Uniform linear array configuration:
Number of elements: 32
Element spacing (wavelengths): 0.5
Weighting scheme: hamming
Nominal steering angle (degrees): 15
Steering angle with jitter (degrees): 14.75
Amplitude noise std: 0.05
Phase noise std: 0.05

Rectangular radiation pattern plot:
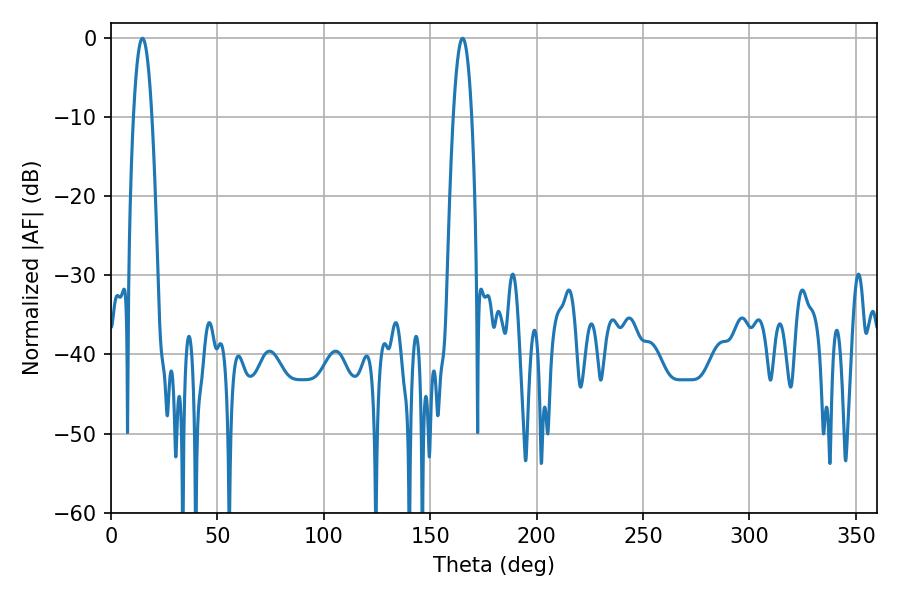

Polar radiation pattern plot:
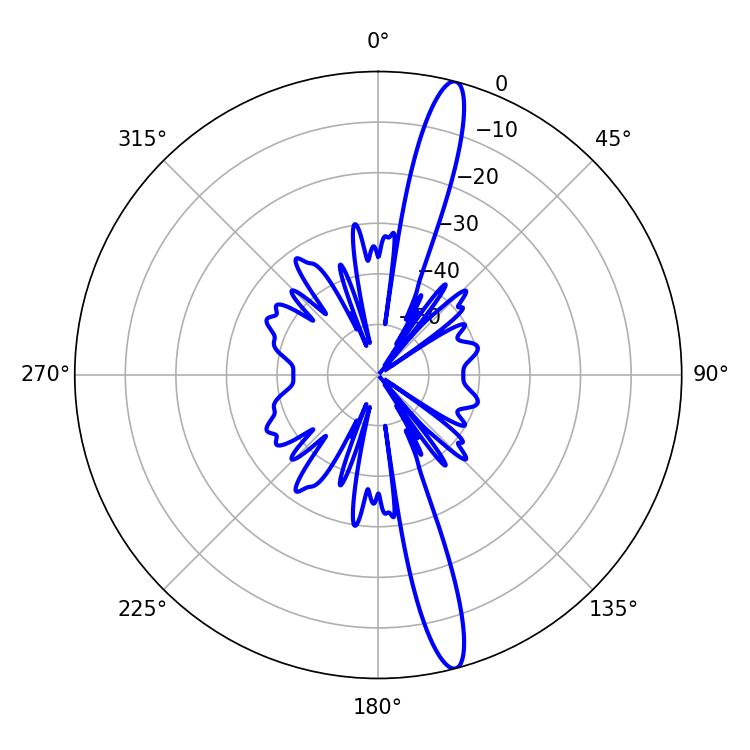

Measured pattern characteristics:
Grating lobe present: FALSE
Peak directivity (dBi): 16.383
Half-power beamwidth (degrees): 4.68
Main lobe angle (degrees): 14.76